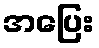
အပြေး